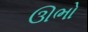
ઊભો